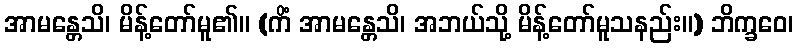
အာမန္တေသိ၊ မိန့်တော်မူ၏။ (ကိံ အာမန္တေသိ၊ အဘယ်သို့ မိန့်တော်မူသနည်း။) ဘိက္ခဝေ၊